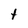
Character: t